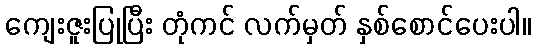
ကျေးဇူးပြုပြီး တုံကင် လက်မှတ် နှစ်စောင်ပေးပါ။